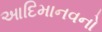
આદિમાનવનો